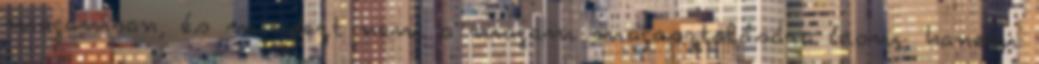
magamban, és mindezt nem a magam magasztalására írom, hanem